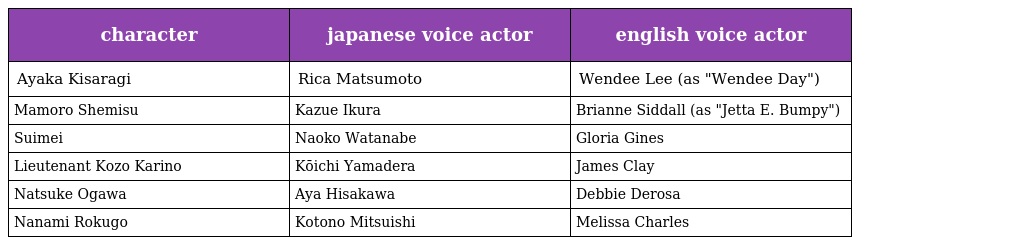
| character | japanese voice actor | english voice actor |
 | --- | --- | --- |
 | Ayaka Kisaragi | Rica Matsumoto | Wendee Lee (as "Wendee Day") |
 | Mamoro Shemisu | Kazue Ikura | Brianne Siddall (as "Jetta E. Bumpy") |
 | Suimei | Naoko Watanabe | Gloria Gines |
 | Lieutenant Kozo Karino | Kōichi Yamadera | James Clay |
 | Natsuke Ogawa | Aya Hisakawa | Debbie Derosa |
 | Nanami Rokugo | Kotono Mitsuishi | Melissa Charles |